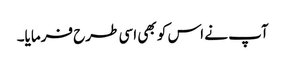
آپ نے اس کو بھی اسی طرح فرمایا۔